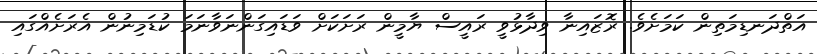
އަތްދަނޑިމަތިން ކަމަށެވެ. ރޮޒައިނާ ވިދާޅުވީ ރައީސް ޔާމީން ރަށަކަށް ވަޑައިގަންނަވާނަމަ ކުޑަމިނުން އެރަށެއްގައި